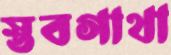
স্তবগাথা